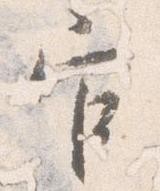
官